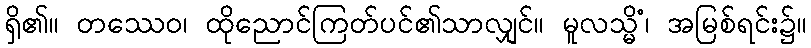
ရှိ၏။ တဿေဝ၊ ထိုညောင်ကြတ်ပင်၏သာလျှင်။ မူလသ္မိံ၊ အမြစ်ရင်း၌။